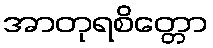
အာတုရစိတ္တော